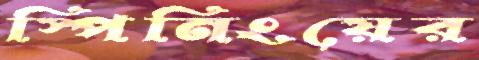
স্পিনিংয়ের